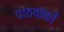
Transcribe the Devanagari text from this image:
पाठयांकों